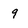
Character: 9